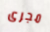
مجرى